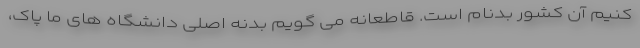
کنیم آن کشور بدنام است. قاطعانه می گویم بدنه اصلی دانشگاه های ما پاک،